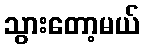
သွားတော့မယ်